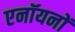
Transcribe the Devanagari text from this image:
एनॉयनों